NAE_kihelkonnakohtute_kirjad_ja_protokollid_1869-1889, lk 6
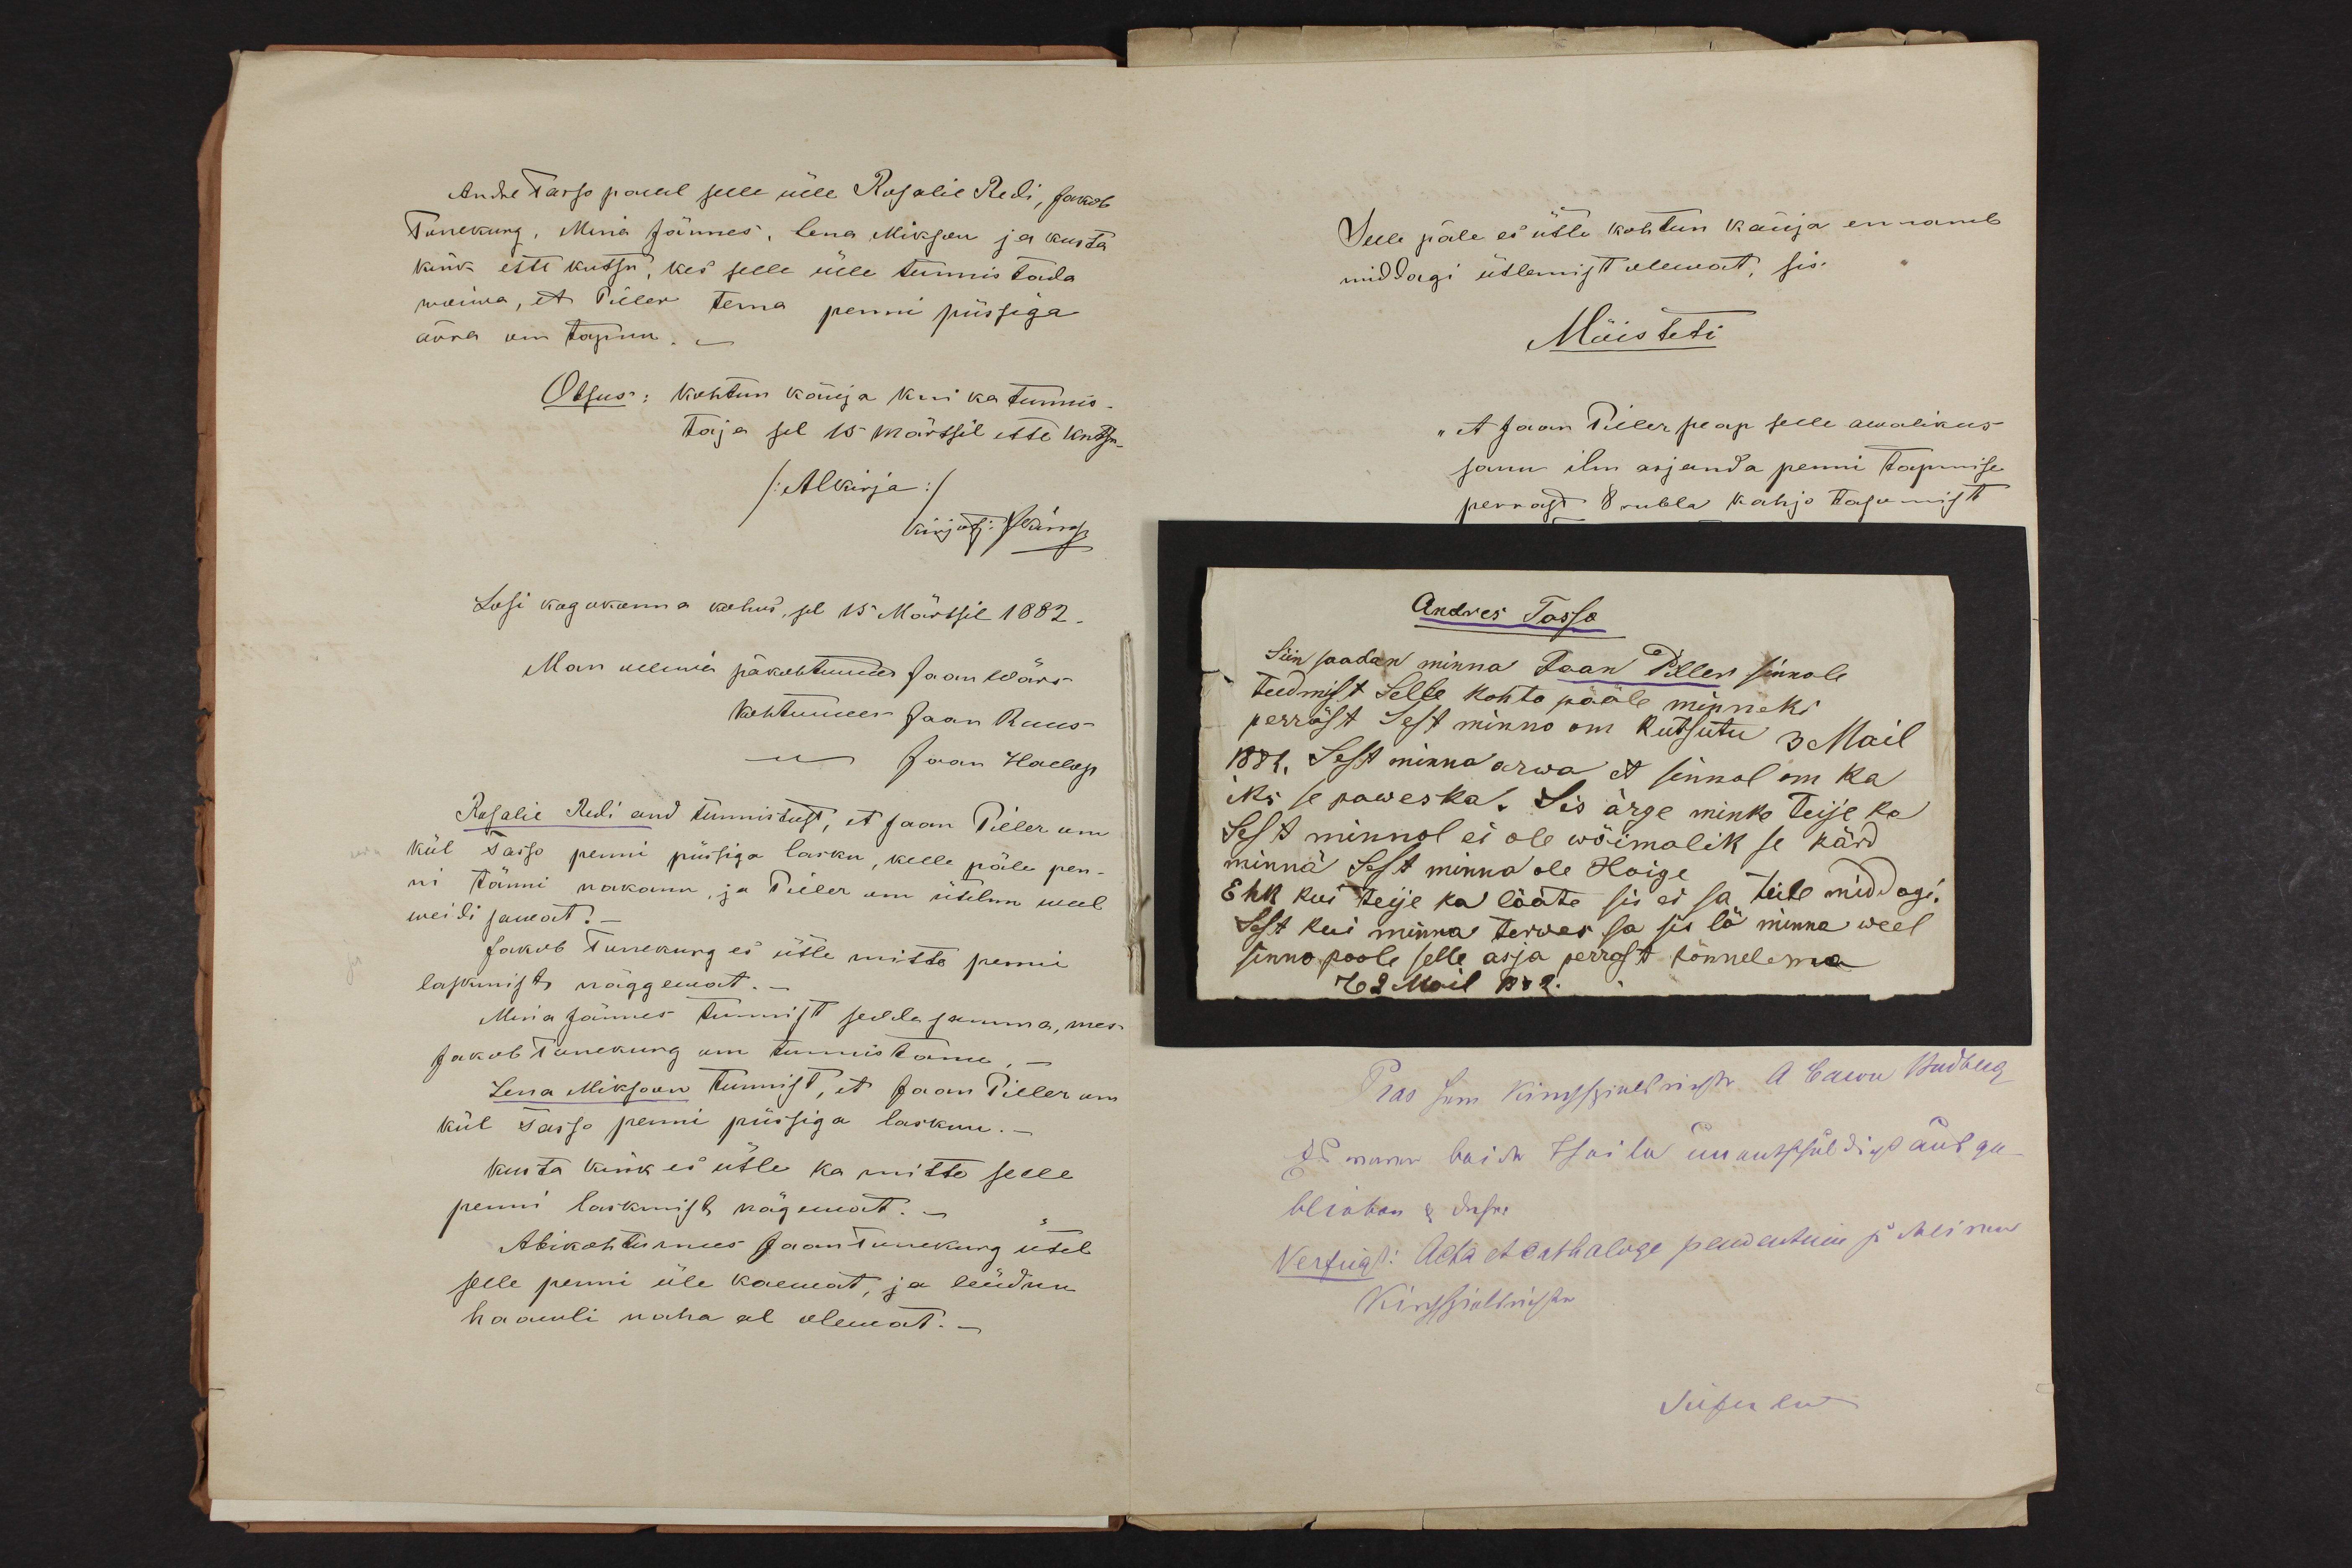
Andre Tasso palub selle üele Rosalie Redi, Jakob
Tunekurg, Mina Jännes, Lena Mikson ja Kusta
Kink ette kutsu, kes selle üele tunnistada
woima, et Piller tema penni püstiga
ärra om tapnu.
Otsus: Kohtun käuja kui ka tunnis-
taja sel 15 märtsil ette kutsu-
/Alkirja/
Losi kogukanna kohus, sel 15. Märtsil 1882.
Rosalie Redi and tunnistust, et Jaan Piller om
kül Tasso pennu püssiga lasku, kelle päle pen-
ni tänni makanu, ja Piller om ütelnu weel
weidi samat.
Jakob Tunekurg ei ütle mitte penni
lapinisti näggemat.-
Maria Jännes tunnist sedda samma, mes-
Jakob Tunekurg om tunnnistanu, -
Lena Mikson tunnist, et Jaan Piller um
kül Tasso penni püssiga lasknu.-
Kusta Kink ei ütle ka mitte selle
penni laskmist nägemat.
Abikohtumees Jaan Tunekurg ütel
selle penni üle kaemat, ja leüdnu
haawli naha al olemat. -

Selle päle ei ütle kohtun kaüja ennamb
middagi ütlemist olewat, sis.
Mõisteti
"et Jaan Piller peap selle awalikus
sanu ilm asjanda penni tapmise
perrast 8 rubla kahjo tasumist
Andres Tasso
Siin saadan minna Jaan Piller sinnole
teedmist Selle kohto pääle minneks
perrast Sest minno om kutsutu 3 Mail
1881. Sest minna arwa et sinnol om ka
iks se paweska. Sis ärge minke Teije ka
Sest minnol ei ole wõimalik se kõrd
minna Sest minna ole Haige
Ehk kui Teije ka lääte sii ei sa teile middagi.
Sest kui minna terwe sa sis lä minna weel
sinnopoole selle asja perrast kõnnelema
2 Mail 1882.